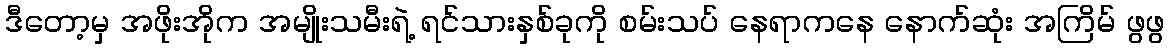
ဒီတော့မှ အဖိုးအိုက အမျိုးသမီးရဲ့ ရင်သားနှစ်ခုကို စမ်းသပ် နေရာကနေ နောက်ဆုံး အကြိမ် ဖွဖွ